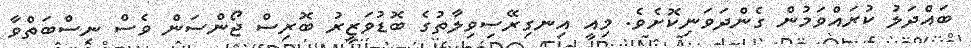
ބައްދަލު ކުރައްވަމުން ގެންދަވަނިކޮށެވެ. މިއީ އިނގިރޭސިވިލާތުގެ ބޮޑުވަޒީރު ބޮރިސް ޖޯންސަން ވެސް ނިސްބަތްވާ